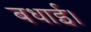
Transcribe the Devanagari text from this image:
बधाई।